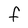
Character: F